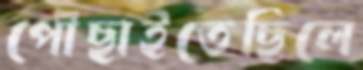
পৌঁছাইতেছিলে